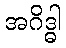
အဂိဒ္ဓါ